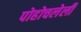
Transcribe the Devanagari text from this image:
पोहोचलेली